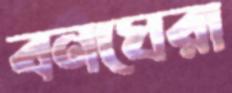
বনঘেরা